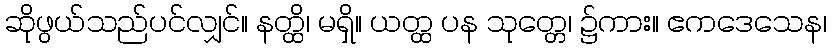
ဆိုဖွယ်သည်ပင်လျှင်။ နတ္ထိ၊ မရှိ။ ယတ္ထ ပန သုတ္တေ၊ ၌ကား။ ဧကဒေသေန၊